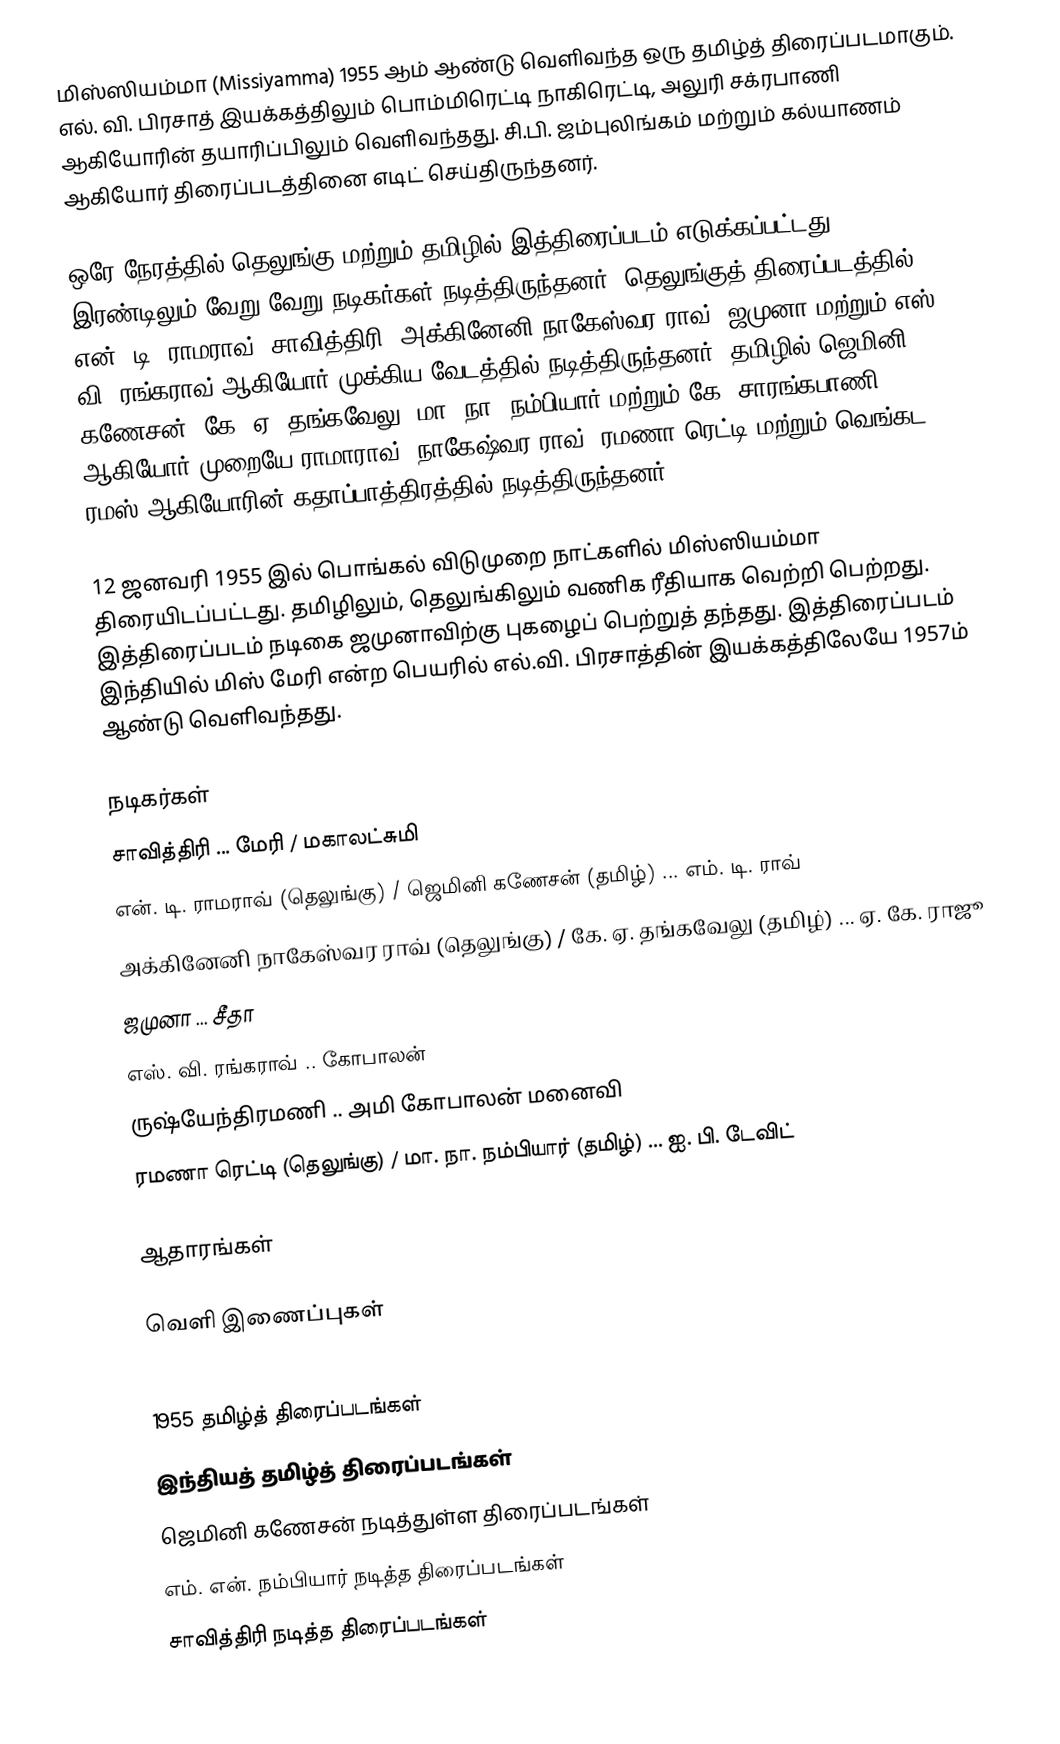
மிஸ்ஸியம்மா (Missiyamma) 1955 ஆம் ஆண்டு வெளிவந்த ஒரு தமிழ்த் திரைப்படமாகும். எல். வி. பிரசாத் இயக்கத்திலும் பொம்மிரெட்டி நாகிரெட்டி, அலுரி சக்ரபாணி ஆகியோரின் தயாரிப்பிலும் வெளிவந்தது. சி.பி. ஜம்புலிங்கம் மற்றும் கல்யாணம் ஆகியோர் திரைப்படத்தினை எடிட் செய்திருந்தனர்.

ஒரே நேரத்தில் தெலுங்கு மற்றும் தமிழில் இத்திரைப்படம் எடுக்கப்பட்டது. இரண்டிலும் வேறு வேறு நடிகர்கள் நடித்திருந்தனர். தெலுங்குத் திரைப்படத்தில் என். டி. ராமராவ், சாவித்திரி, அக்கினேனி நாகேஸ்வர ராவ், ஜமுனா மற்றும் எஸ். வி. ரங்கராவ் ஆகியோர் முக்கிய வேடத்தில் நடித்திருந்தனர். தமிழில் ஜெமினி கணேசன், கே. ஏ. தங்கவேலு, மா. நா. நம்பியார் மற்றும் கே. சாரங்கபாணி ஆகியோர் முறையே ராமாராவ், நாகேஷ்வர ராவ், ரமணா ரெட்டி மற்றும் வெங்கட ரமஸ் ஆகியோரின் கதாப்பாத்திரத்தில் நடித்திருந்தனர்.

12 ஜனவரி 1955 இல் பொங்கல் விடுமுறை நாட்களில் மிஸ்ஸியம்மா திரையிடப்பட்டது. தமிழிலும், தெலுங்கிலும் வணிக ரீதியாக வெற்றி பெற்றது. இத்திரைப்படம் நடிகை ஜமுனாவிற்கு புகழைப் பெற்றுத் தந்தது. இத்திரைப்படம் இந்தியில் மிஸ் மேரி என்ற பெயரில் எல்.வி. பிரசாத்தின் இயக்கத்திலேயே 1957ம் ஆண்டு வெளிவந்தது.

நடிகர்கள்
சாவித்திரி ... மேரி  / மகாலட்சுமி
என். டி. ராமராவ் (தெலுங்கு) / ஜெமினி கணேசன் (தமிழ்) ... எம். டி. ராவ்
அக்கினேனி நாகேஸ்வர ராவ் (தெலுங்கு) / கே. ஏ. தங்கவேலு (தமிழ்) ... ஏ. கே. ராஜூ
ஜமுனா ... சீதா
எஸ். வி. ரங்கராவ் .. கோபாலன்
ருஷ்யேந்திரமணி .. அமி கோபாலன் மனைவி
ரமணா ரெட்டி (தெலுங்கு) / மா. நா. நம்பியார் (தமிழ்) ... ஐ. பி. டேவிட்

ஆதாரங்கள்

வெளி இணைப்புகள்

1955 தமிழ்த் திரைப்படங்கள்
இந்தியத் தமிழ்த் திரைப்படங்கள்
ஜெமினி கணேசன் நடித்துள்ள திரைப்படங்கள்
எம். என். நம்பியார் நடித்த திரைப்படங்கள்
சாவித்திரி நடித்த திரைப்படங்கள்